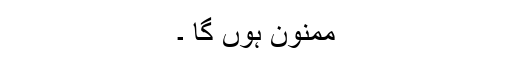
ممنون ہوں گا ۔